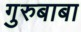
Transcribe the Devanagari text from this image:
गुरुबाबा